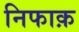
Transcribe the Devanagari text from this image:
निफाक़